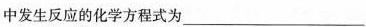
中发生反应的化学方程式为___